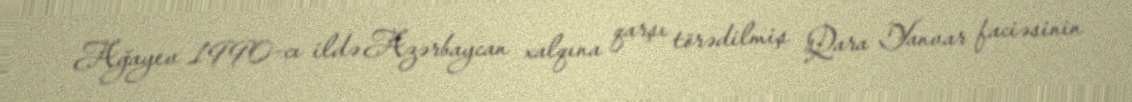
Ağayev 1990-cı ildə Azərbaycan xalqına qarşı törədilmiş Qara Yanvar faciəsinin